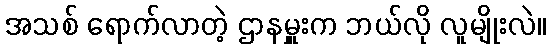
အသစ် ရောက်လာတဲ့ ဌာနမှူးက ဘယ်လို လူမျိုးလဲ။